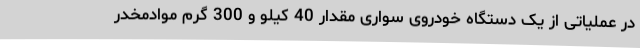
در عملیاتی از یک دستگاه خودروی سواری مقدار 40 کیلو و 300 گرم موادمخدر